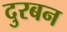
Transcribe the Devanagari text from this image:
दुरबन